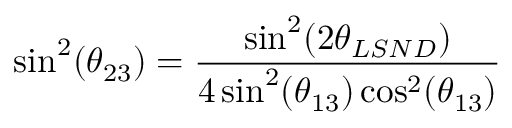
\sin ^ { 2 } ( \theta _ { 2 3 } ) = { \frac { \sin ^ { 2 } ( 2 \theta _ { L S N D } ) } { 4 \sin ^ { 2 } ( \theta _ { 1 3 } ) \cos ^ { 2 } ( \theta _ { 1 3 } ) } }